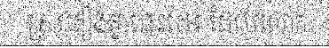
ស្រដៀងគ្នានេះដែរ ដែលលោក